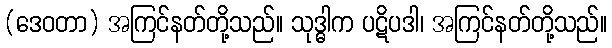
(ဒေဝတာ) အကြင်နတ်တို့သည်။ သုဒ္ဓါက ပဋိပဒါ၊ အကြင်နတ်တို့သည်။